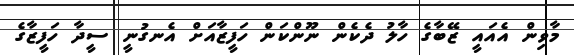
މާވިން އެއައީ ޒޭބާގެ ހާލު ދެކެން ނޫންކަން ހަފީޒާއަށް އެނގުނީ ސީދާ ހަފީޒާގެ